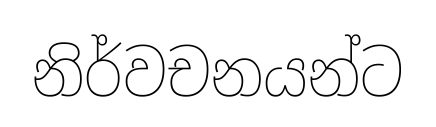
නිර්වචනයන්ට